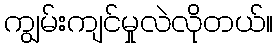
ကျွမ်းကျင်မှုလဲလိုတယ်။